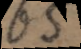
65